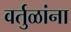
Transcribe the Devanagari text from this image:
वर्तुळांना